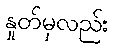
နှုတ်မှလည်း